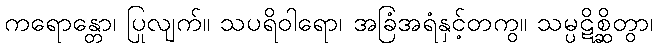
ကရောန္တော၊ ပြုလျက်။ သပရိဝါရော၊ အခြံအရံနှင့်တကွ။ သမ္ပဋိစ္ဆိတွာ၊